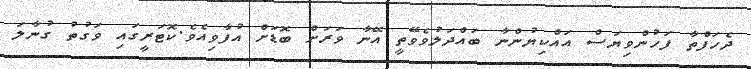
ދެހަފްތާ ފަހުންވިޔަސް އައްކިޔުންނާ ބައްދަލުވެވޭތީ އޭނާ ވަރަށް ބޮޑަށް އުފާވިއެވެ.ކޮޓަރީގައި ވަގުތު ގުނާލަ